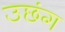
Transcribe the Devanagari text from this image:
उछंग